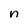
Character: n